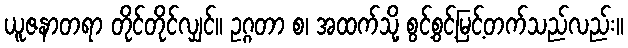
ယူဇနာတရာ တိုင်တိုင်လျှင်။ ဥဂ္ဂတာ စ၊ အထက်သို့ စွင့်စွင့်မြင့်တက်သည်လည်း။